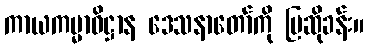
ကာယကမ္မာဓိဋ္ဌာန ဒေသနာတော်ကို ပြဆိုခန်း။